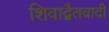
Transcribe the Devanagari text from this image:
शिवाद्वैतवादी